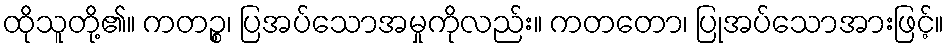
ထိုသူတို့၏။ ကတဉ္စ၊ ပြအပ်သောအမှုကိုလည်း။ ကတတော၊ ပြုအပ်သောအားဖြင့်။